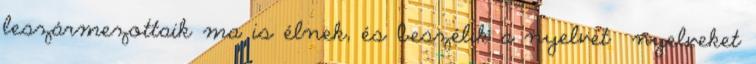
leszármezottaik ma is élnek, és beszélik a nyelvet nyelveket